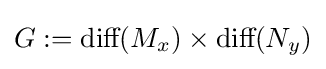
G:={\mbox{diff}}(M_{x})\times {\mbox{diff}}(N_{y})